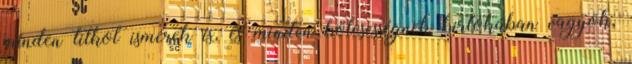
minden titkot ismerek is, és minden bölcsességnek birtokában vagyok,